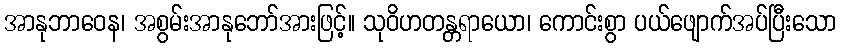
အာနုဘာဝေန၊ အစွမ်းအာနုဘော်အားဖြင့်။ သုဝိဟတန္တရာယော၊ ကောင်းစွာ ပယ်ဖျောက်အပ်ပြီးသော